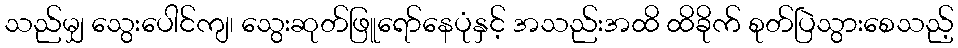
သည်မျှ သွေးပေါင်ကျ၊ သွေးဆုတ်ဖြူရော်နေပုံနှင့် အသည်းအထိ ထိခိုက် စုတ်ပြဲသွားစေသည့်